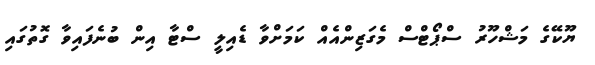
ޔޫކޭގެ މަޝްހޫރު ސްޕޯޓްސް މެގަޒިންއެއް ކަމަށްވާ ޑެއިލީ ސްޓާ އިން ބުނެފައިވާ ގޮތުގައި